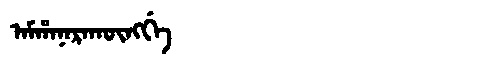
Manchu: ᠠᠮᡥᠠᠨᠠᡵᠠᡴᡡᠩᡤᡝ
Romanization: AMHANARAKŪNGGE